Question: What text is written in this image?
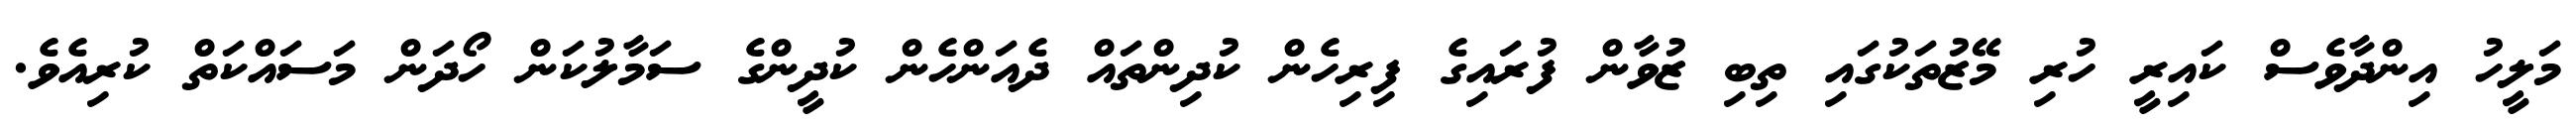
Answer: މަލީހު އިންދާވެސް ކައިރީ ހުރި މޭޒުތަކުގައި ތިބި ޒުވާން ފުރައިގެ ފިރިހެން ކުދިންތައް ދެއަންހެން ކުދީންގެ ސަމާލުކަން ހޯދަން މަސައްކަތް ކުރިއެވެ.